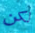
لكن